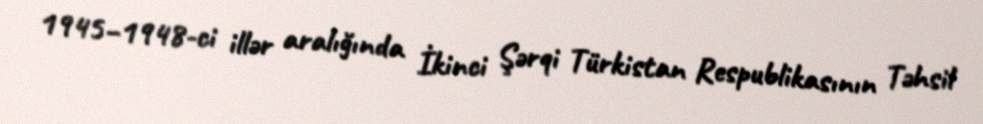
1945–1948-ci illər aralığında İkinci Şərqi Türkistan Respublikasının Təhsil